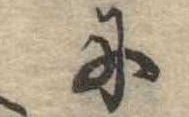
に